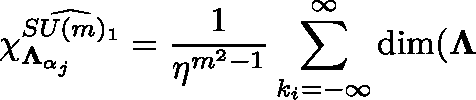
\chi _ { \mathbf { \Lambda } _ { \alpha _ { j } } } ^ { \widehat { S U ( m ) _ { 1 } } } = \frac { 1 } { \eta ^ { m ^ { 2 } - 1 } } \sum _ { k _ { i } = - \infty } ^ { \infty } \dim ( \mathbf { \Lambda }